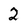
Character: 2